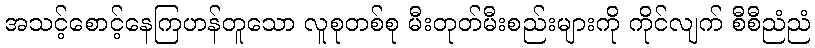
အသင့်စောင့်နေကြဟန်တူသော လူစုတစ်စု မီးတုတ်မီးစည်းများကို ကိုင်လျက် စီစီညံညံ